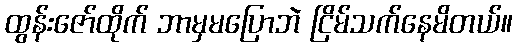
ထွန်းဇော်ထိုက် ဘာမှမပြောဘဲ ငြိမ်သက်နေမိတယ်။